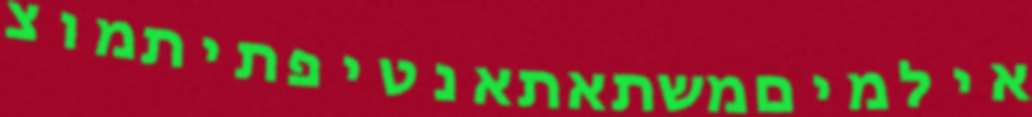
אילמיםמשתאתאנטיפתיתמוצ